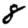
Digit: 8